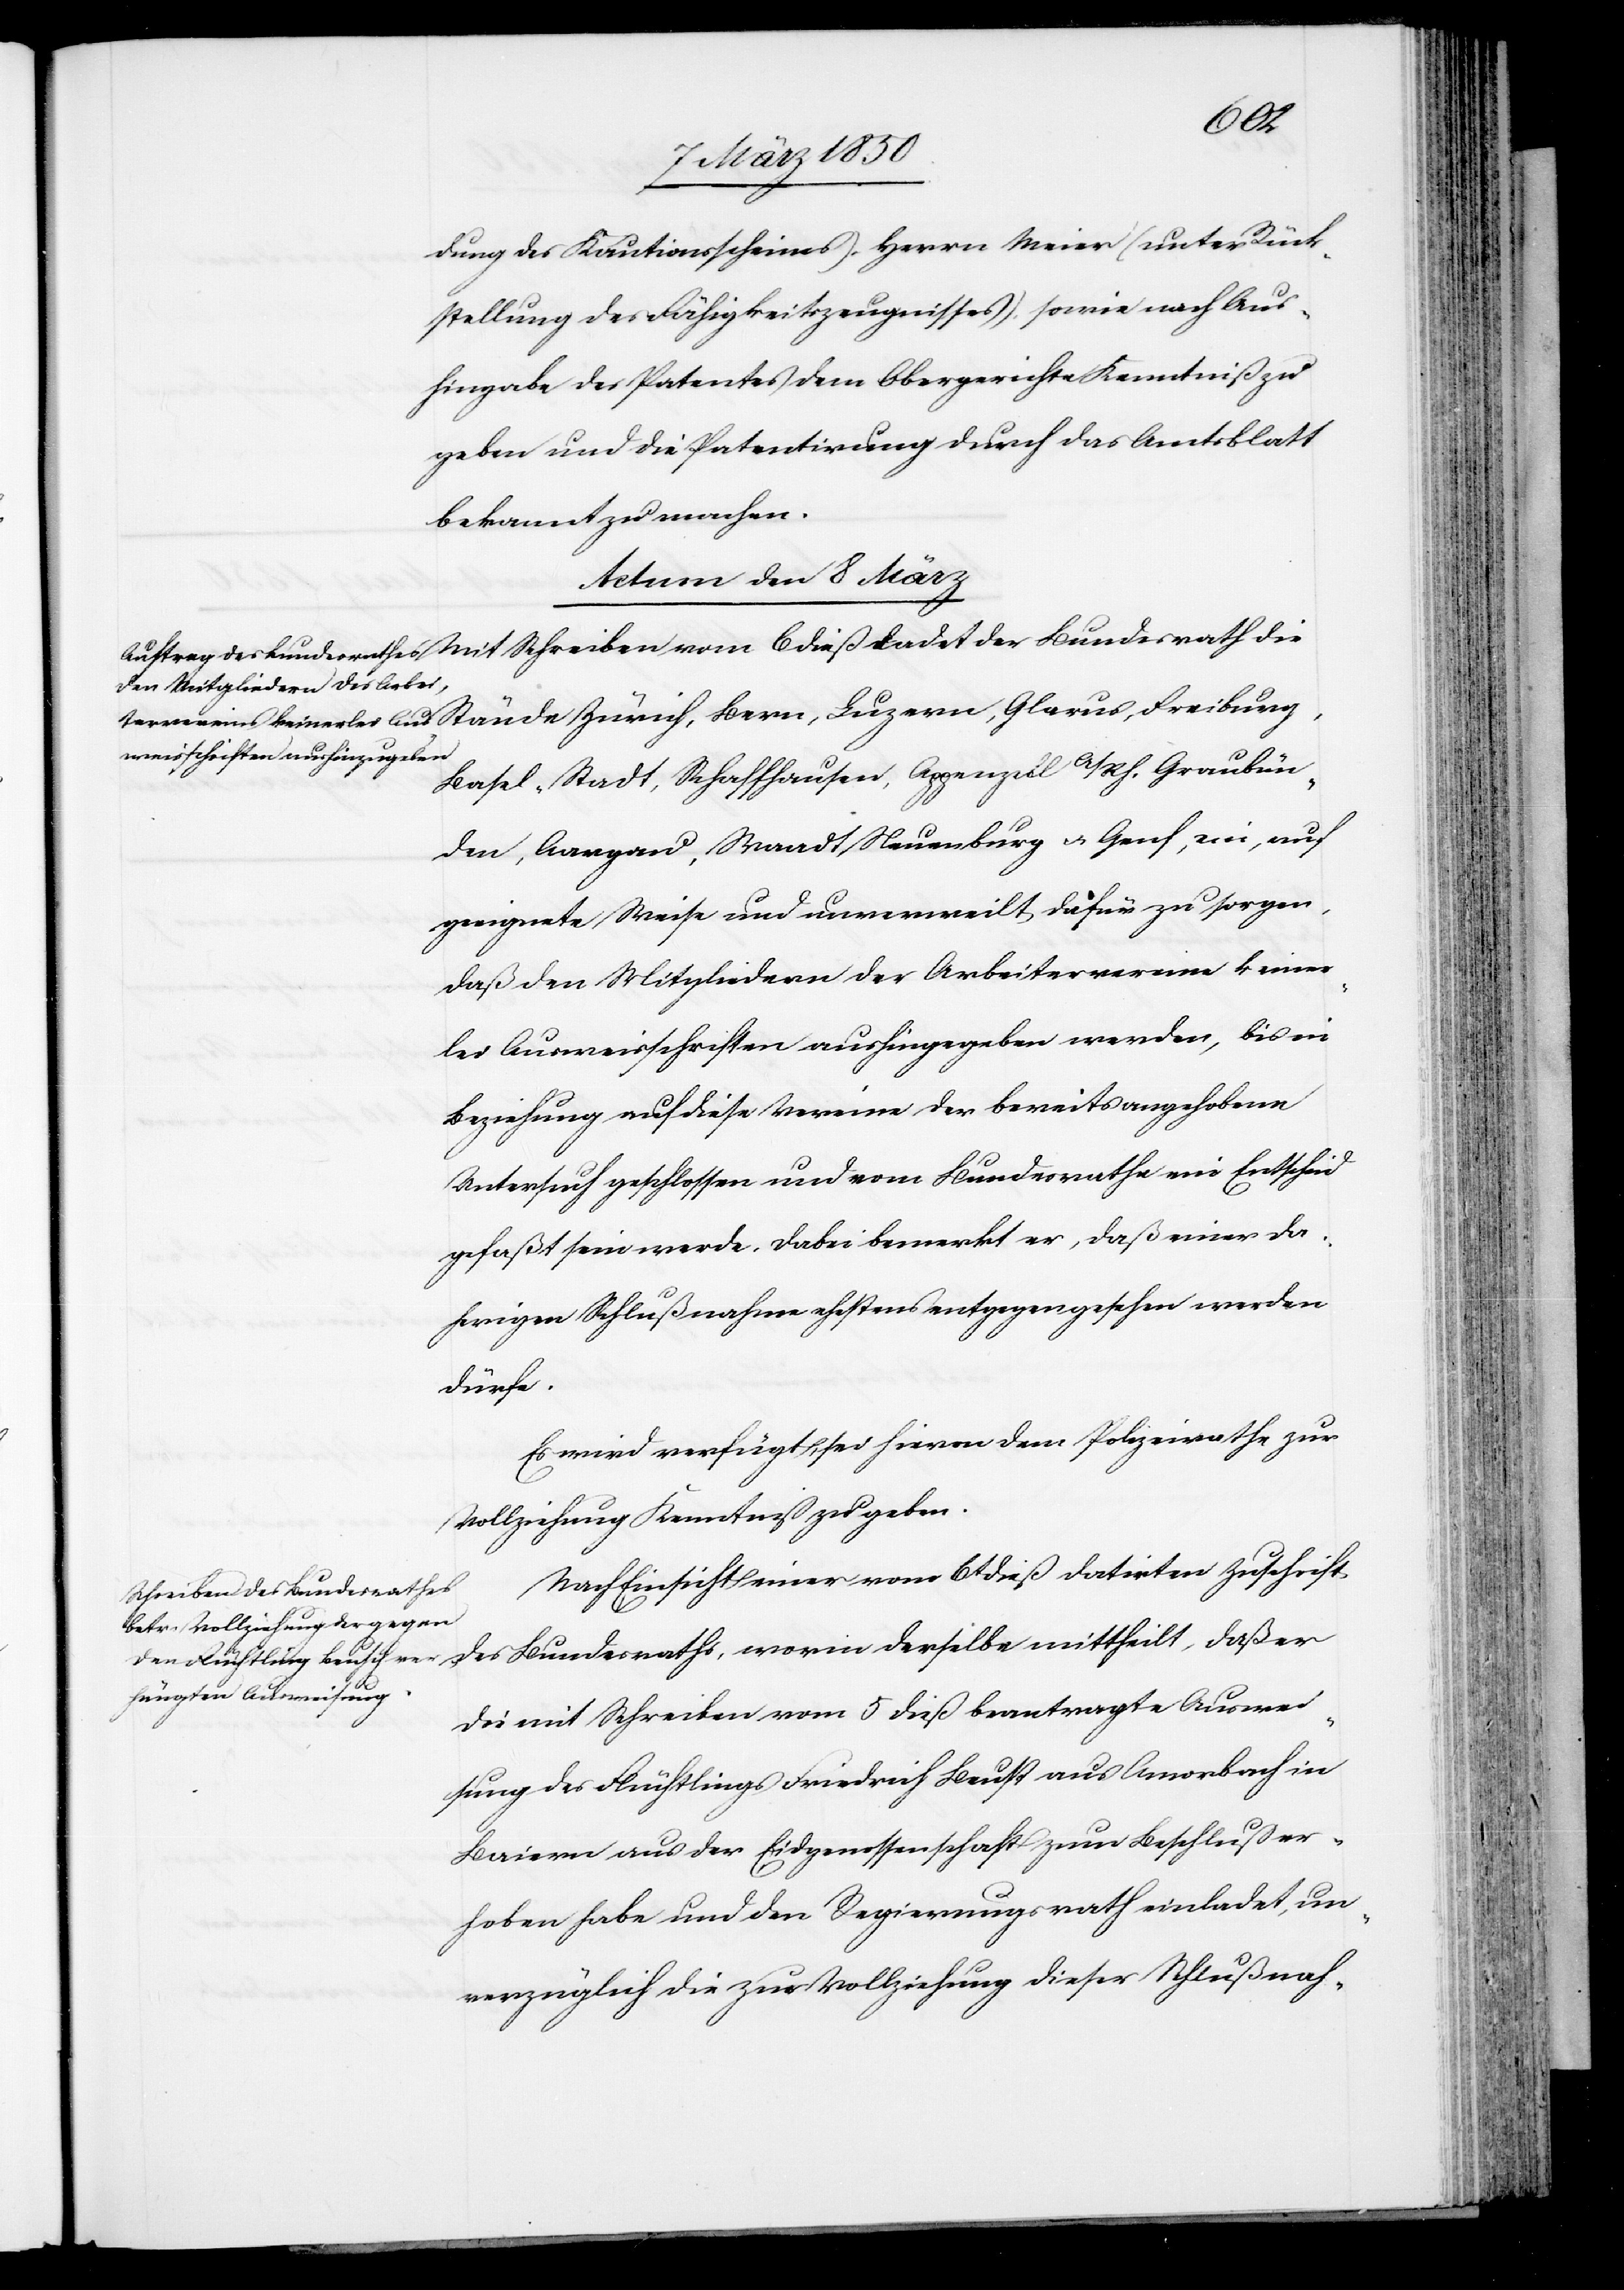
ladet
dung des Kautionsscheines). Herrn Meier (unter Rück¬
stellung des Fähigkeitszeugnisses), sowie nach Aus¬
hingabe des Patentes dem Obergerichte Kenntniß zu
geben und die Patentirung durch das Amtsblatt
bekannt zu machen.
Actum den 8 März]
Basel-Stadt, Schaffhausen, Appenzell A/Rh.[,] Graubün¬
den, Aargau, Waadt, Neuenburg u. Genf, ein, auf
geeignete Weise und unverweilt dafür zu sorgen,
daß den Mitgliedern der Arbeitervereine keiner¬
lei Ausweischriften aushingegeben werden, bis in
Beziehung auf diese Vereine der bereits angehobene
Untersuch geschlossen und vom Bundesrathe ein Entscheid
gefaßt sein werde. Dabei bemerkt er, daß einer da¬
herigen Schlußnahme ehestens entgegen gesehen werden
dürfe.
Es wird verfügt, sei hievon dem Polizeirathe zur
Vollziehung Kenntniß zu geben.
Nach Einsicht einer vom 6t dieß datirten Zuschrift
des Bundesraths, worin derselbe mittheilt, daß er
die mit Schreiben vom 5 dieß beantragte Auswei¬
sung des Flüchtlings Friedrich Beust [sic!] aus Amorbach in
Baiern aus der Eidgenossenschaft zum Beschluß er¬
hoben habe und den Regierungsrath einladet, un¬
verzüglich die zur Vollziehung dieser Schlußnah-